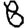
Digit: 8